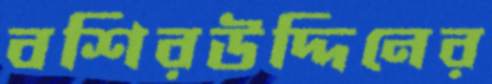
বশিরউদ্দিনের